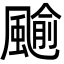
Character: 䬔